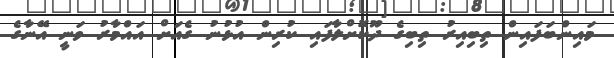
މައިންބަފައިން ތިބިއިރު ތިބިގެ ދޫކޮށްލާފައި ކުރިން އުޅުނު ގެއަށް އައްމާރު ވަނީ އޭނާގެ